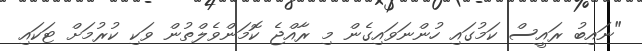
"ނައިބު ރައީސް ކަމުގައި ހުންނަވައިގެން މި ރާއްޖެ ކޮމަންވެލްތުން ވަކި ކުރުމަށް ޓަކައި